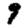
Digit: 9